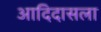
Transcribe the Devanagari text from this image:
आदिदासला